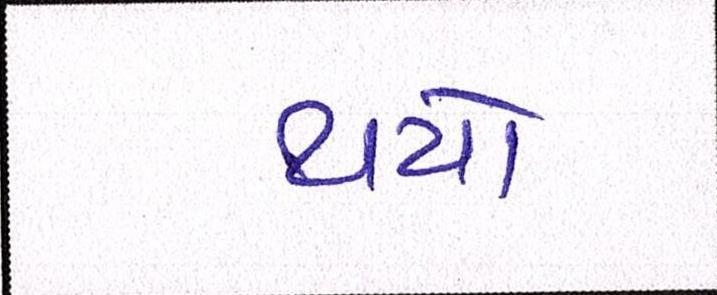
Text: થયો